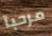
مرحبآ